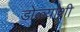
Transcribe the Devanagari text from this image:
डोळ्यांशी